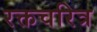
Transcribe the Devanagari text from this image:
रक्तचरित्र